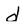
Character: d